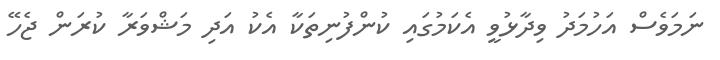
ނަމަވެސް އަހުމަދު ވިދާޅުވީ އެކަމުގައި ކުންފުނިތަކާ އެކު އަދި މަޝްވަރާ ކުރަން ޖެހޭ